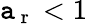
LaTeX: \mathtt{a}_{\mathrm{{~r~}}}<1